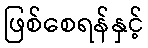
ဖြစ်စေရန်နှင့်